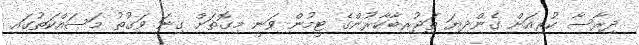
ދިރާސާ ކުރިއަށް ގެންދިޔަ ތަޖުރިބާކާރުންގެ ޓީމުން ވަނީ މިގޮތަށް ގިނަ ވަގުތު މަސައްކަތުގައި